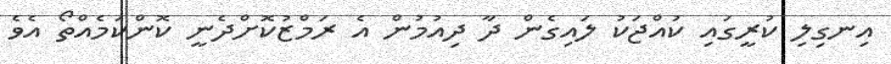
އިނގިލި ކުރީގައި ކުއްޖަކު ލައިގެން ދާ ދިއުމުން އެ ރަމްޒުކޮށްދެނީ ކޮންކަމެއްތޯ އެވެ